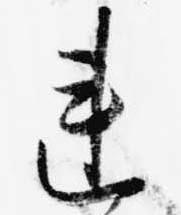
連